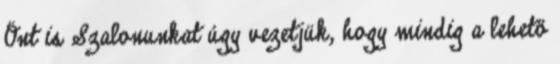
Önt is Szalonunkat úgy vezetjük, hogy mindig a lehető